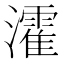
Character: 瀖